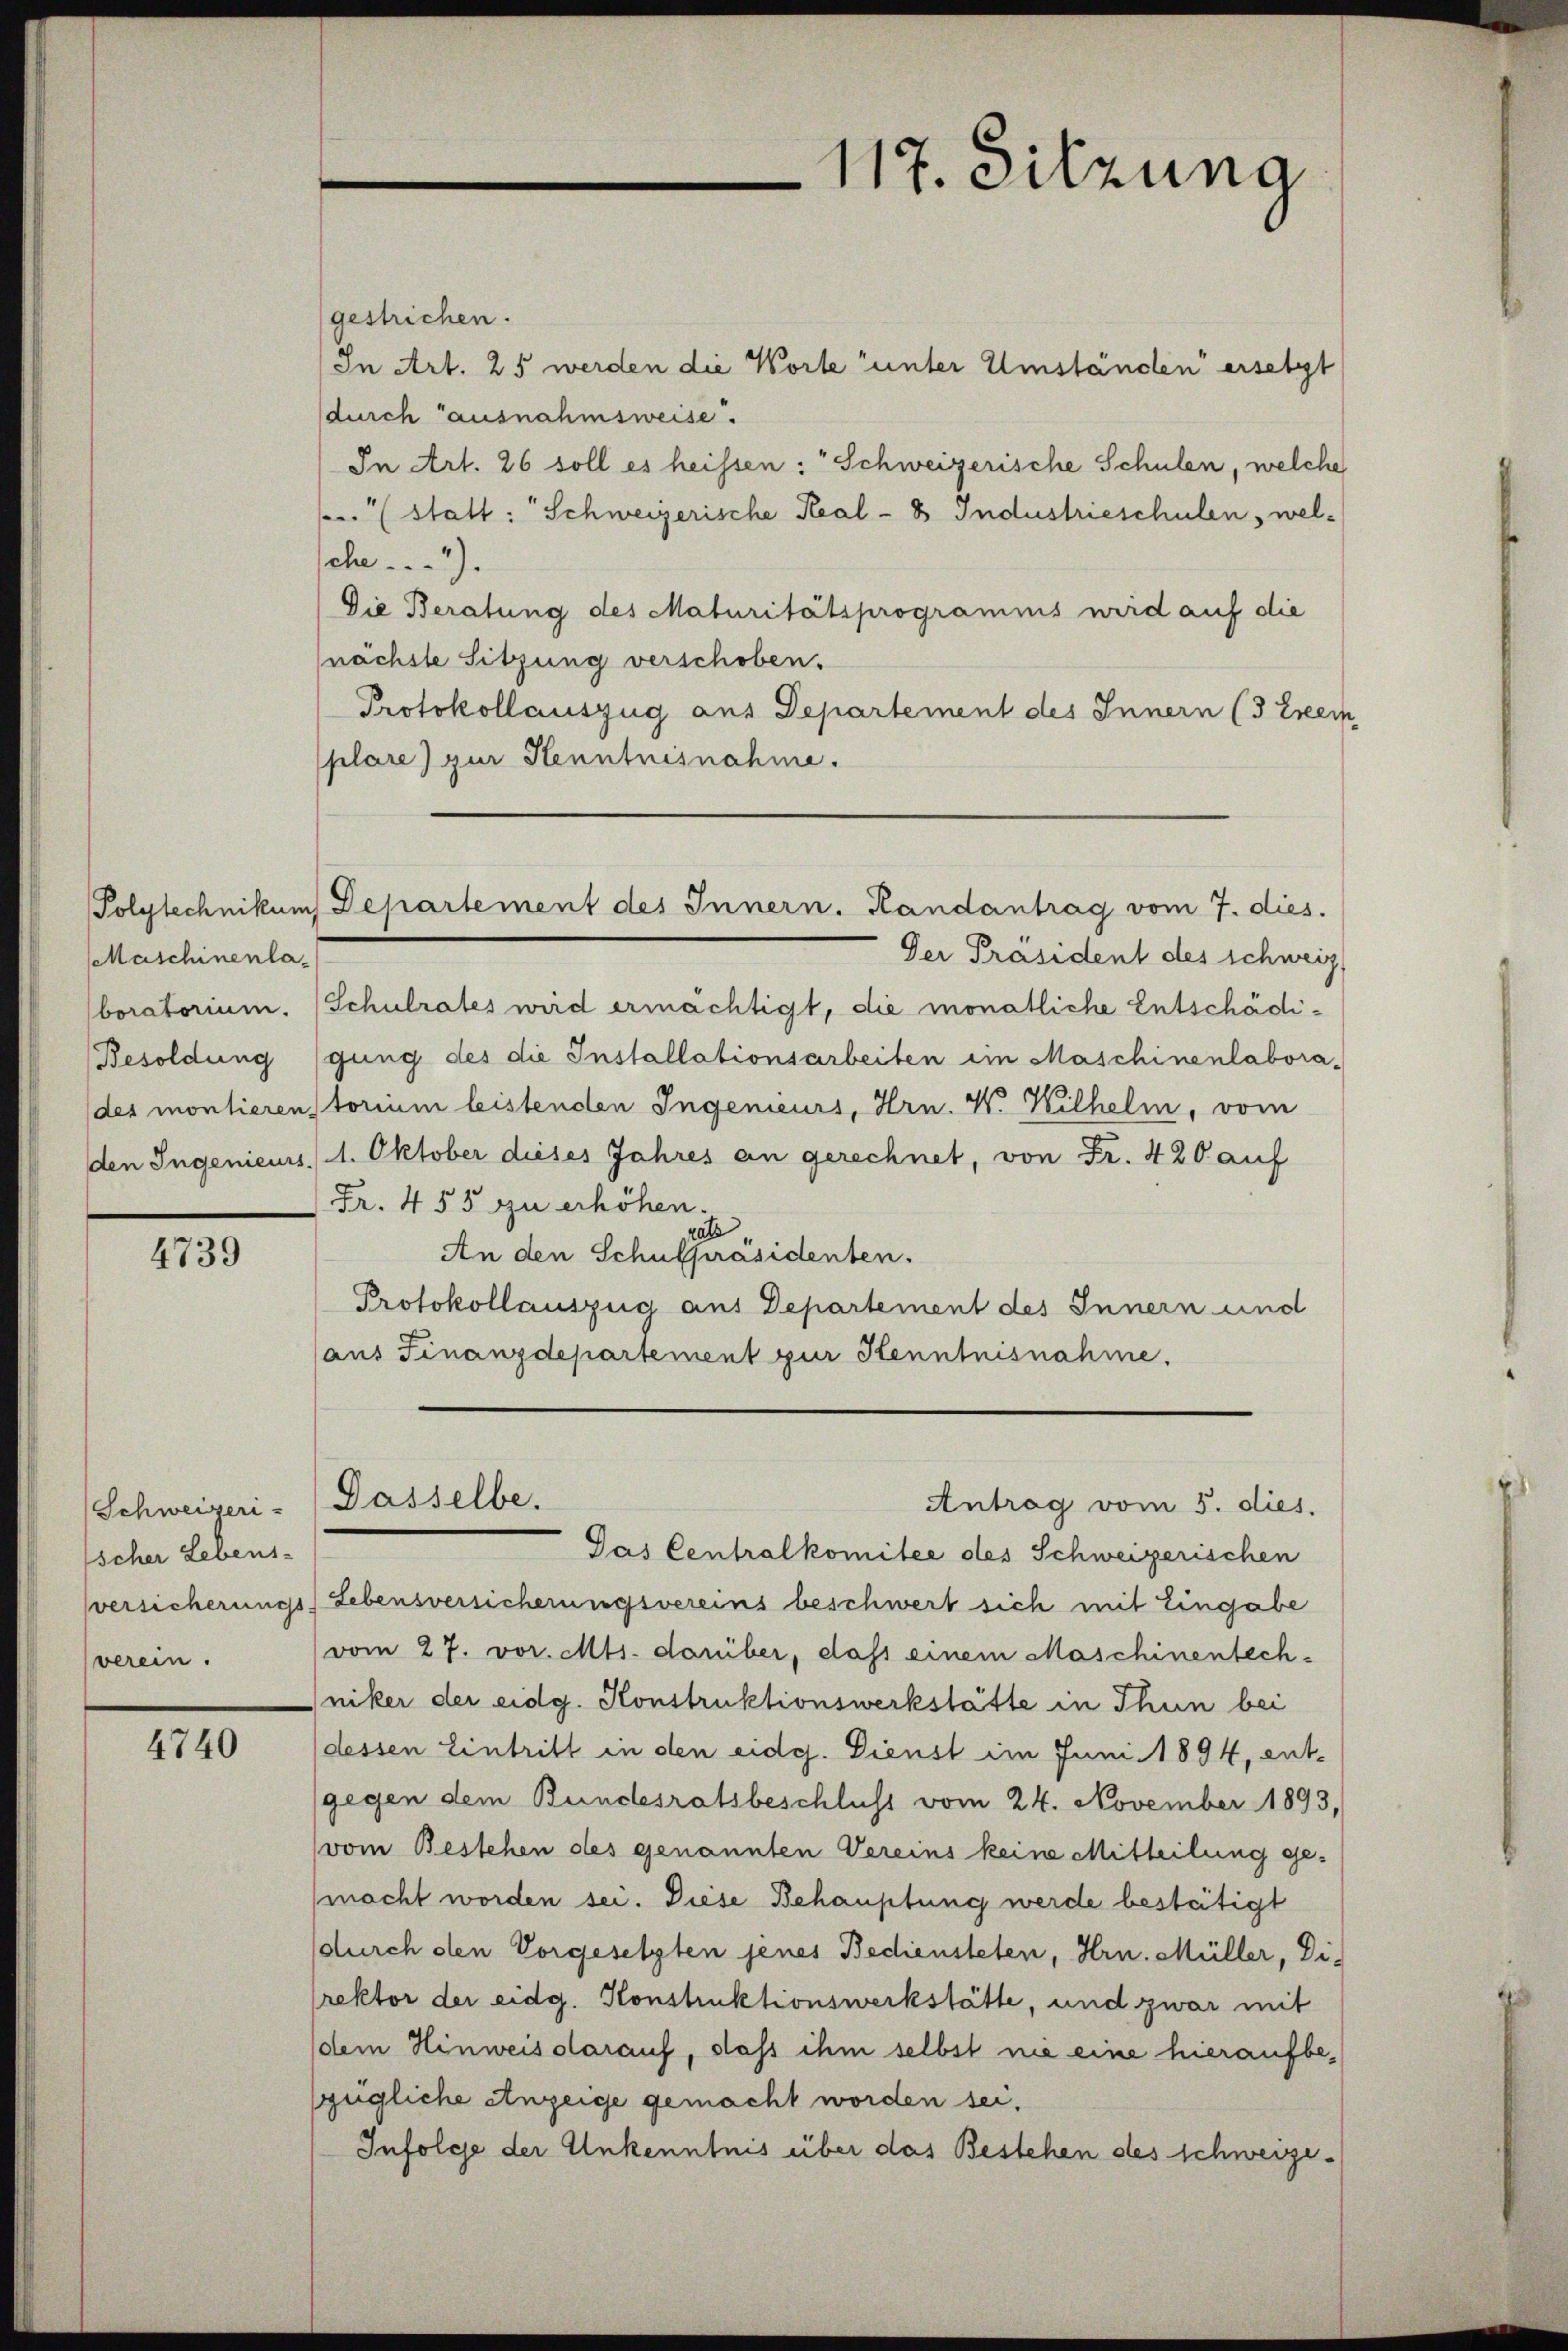
Maschinenlaboratorium.
(des montieren,

4739

Schweizeri-
scher Lebens-
versicherungs
verein.

4740

gestrichen.
In Art. 25 werden die Worte unter Umständen ersetzt
durch ausnahmsweise.
In Art. 26 soll es heissen: " Schweizerische Schulen, welche
stalt: Schweizerische Real- 8 Industrieschulen, welch.1).
Die Beratung des Maturitätsprogramms wird auf die
nächste Sitzung verschoben.
Protokollauszug aus Departement des Innern (3 Exem
plare) zur Henntnisnahme.

1
117. Sitzung

Der Präsident des schweiz
Schulrates wird ermächtigt, die monatliche Entschädi¬
Besoldung gung des die Installationsarbeiten im Maschinenlabora-
torium leistenden Ingenieurs, Hrn. W. Wilhelm, vom
den Ingenieurs, 1. Oktober dieses Jahres an gerechnet, von Fr. 420 auf
Fr. 455 zu erhöhen.
rate
An den Schulpräsidenten.
Protokollauszug aus Departement des Innern und
(aus Finanzdepartement zur Kenntnisnahme.

Polytechnikum Departement des Innern. Randantrag vom 7. dies.

Dasselbe.

Antrag vom 5. dies.

Jas Centralkomitee des Schweizerischen
Lebensversicherungsvereins beschwert sich mit Eingabe
vom 27. vor. Mts. darüber, daß einem Maschinentech-
niker der eidg. Konstruktionswerkstätte in Thun bei
(dessen Eintritt in den eidg. Dienst im Juni 1894, entgegen dem Bundesratsbeschluss vom 24. November 1893,
(vom Bestehen des genannten Vereins keine Mitteilung gemacht worden sei. Diese Behauptung werde bestätigt
durch den Vorgesetzten jenes Bediensteten, Hrn. Müller, Di-
rektor der eidg. Konstruktionswerkstätte, und zwar mit
dem Hinweis darauf, dass ihm selbst nie eine hieraufbezügliche Anzeige gemacht worden sei.
Infolge der Unkenntnis über das Bestehen des schweize¬